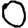
Digit: 0